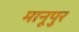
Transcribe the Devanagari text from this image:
मानूपुर